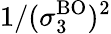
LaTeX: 1/(\sigma_{3}^{\mathrm{BO}})^{2}